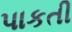
પાકતી